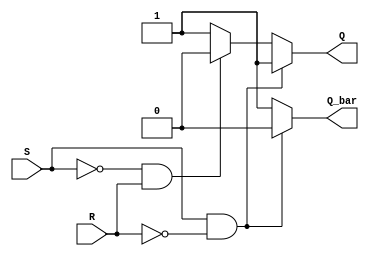
module sr_latch (
    input S, // Set input
    input R, // Reset input
    output reg Q, // Q output
    output reg Q_bar // Q-bar output
);

always @ (S, R)
begin
    if (S && !R) // Set is high and Reset is low
    begin
        Q = 1; // Q is high
        Q_bar = 0; // Q-bar is low
    end
    else if (!S && R) // Set is low and Reset is high
    begin
        Q = 0; // Q is low
        Q_bar = 1; // Q-bar is high
    end
    else // Forbidden state when both S and R are high
    begin
        Q = 1; // Q is high
        Q_bar = 1; // Q-bar is high
    end
end

endmodule